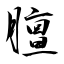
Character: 膻